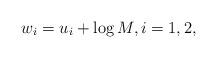
LaTeX: \begin{align*} w_i = u_i +\log M, i=1,2,\end{align*}